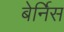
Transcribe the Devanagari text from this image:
बेर्निस